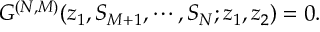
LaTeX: G ^ { ( N , M ) } ( z _ { 1 } , S _ { M + 1 } , \cdots , S _ { N } ; z _ { 1 } , z _ { 2 } ) = 0 .